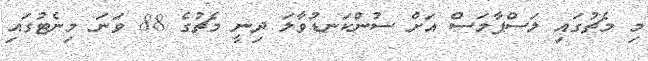
މި މެޗުގައި ލަސްޕާމަސް އަށް ސުންކަނޑުވާލަ ދިނީ މެޗުގެ 88 ވަނަ މިނެޓުގައި